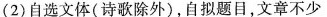
(2)自选文体(诗歌除外)，自拟题目，文章不少